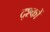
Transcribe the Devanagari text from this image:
द्श्कों